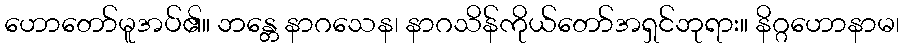
ဟောတော်မူအပ်၏။ ဘန္တေ နာဂသေန၊ နာဂသိန်ကိုယ်တော်အရှင်ဘုရား။ နိဂ္ဂဟောနာမ၊